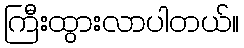
ကြီးထွားလာပါတယ်။